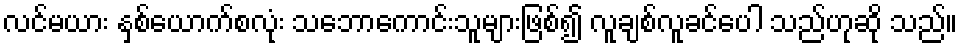
လင်မယား နှစ်ယောက်စလုံး သဘောကောင်းသူများဖြစ်၍ လူချစ်လူခင်ပေါ သည်ဟုဆို သည်။